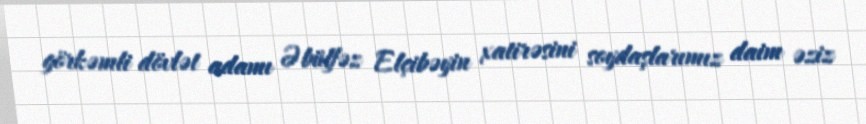
görkəmli dövlət adamı Əbülfəz Elçibəyin xatirəsini soydaşlarımız daim əziz